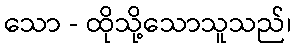
သော - ထိုသို့သောသူသည်၊